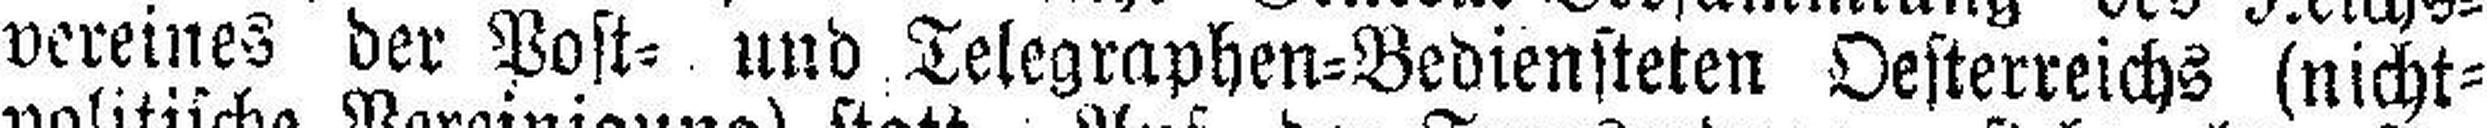
vereines der Post= und Telegraphen=Bediensteten Oesterreichs (nicht¬